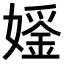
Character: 𪦢